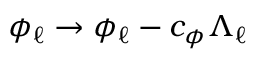
\phi _ { \ell } \to \phi _ { \ell } - c _ { \phi } \Lambda _ { \ell }